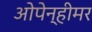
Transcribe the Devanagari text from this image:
ओपेन्हीमर